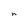
Character: n